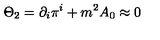
\Theta _ { 2 } = \partial _ { i } \pi ^ { i } + m ^ { 2 } A _ { 0 } \approx 0